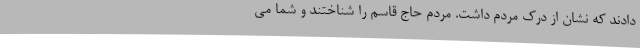
دادند که نشان از درک مردم داشت. مردم حاج قاسم را شناختند و شما می